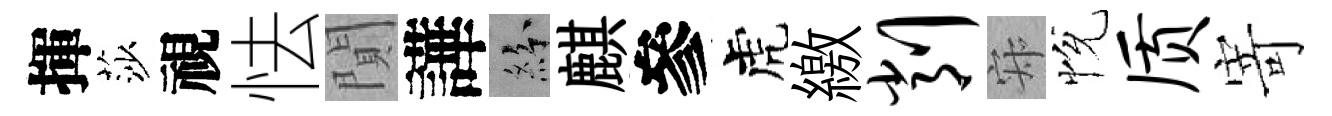
揮莎視怯閴譁紛麒參虎繳削寂恱质寄